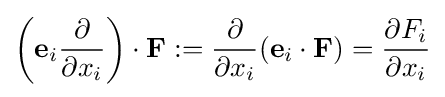
\left(\mathbf {e} _{i}{\partial  \over \partial x_{i}}\right)\cdot \mathbf {F} :={\partial  \over \partial x_{i}}(\mathbf {e} _{i}\cdot \mathbf {F} )={\partial F_{i} \over \partial x_{i}}